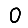
Digit: 0